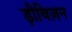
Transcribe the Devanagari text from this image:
ड़ीविज़न